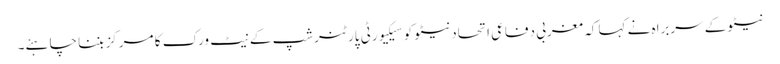
نیٹو کے سربراہ نے کہا کہ مغربی دفاعی اتحاد نیٹو کو سیکیورٹی پارٹنرشپ کے نیٹ ورک کا مرکز بننا چاہئے۔